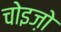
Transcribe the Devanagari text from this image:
चोइज़ो